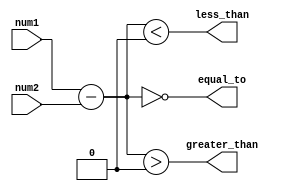
module inequality_comparator (
    input signed [7:0] num1,
    input signed [7:0] num2,
    output wire less_than,
    output wire greater_than,
    output wire equal_to
);

reg signed [8:0] diff;

assign less_than = (diff < 0);
assign greater_than = (diff > 0);
assign equal_to = (diff == 0);

always @* begin
   diff = num1 - num2;
end

endmodule